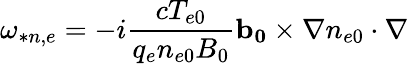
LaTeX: \omega_{*n,e}=-i\frac{cT_{e0}}{q_{e}n_{e0}B_{0}}\mathbf{b_{0}}\times\nabla n_{e0}\cdot\nabla